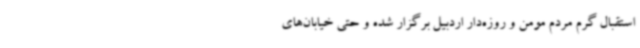
استقبال گرم مردم مومن و روزه‌دار اردبیل برگزار شده و حتی خیابان‌های